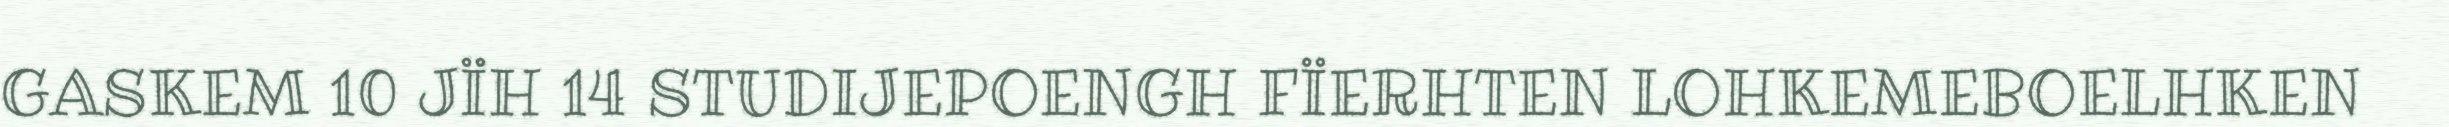
GASKEM 10 JÏH 14 STUDIJEPOENGH FÏERHTEN LOHKEMEBOELHKEN